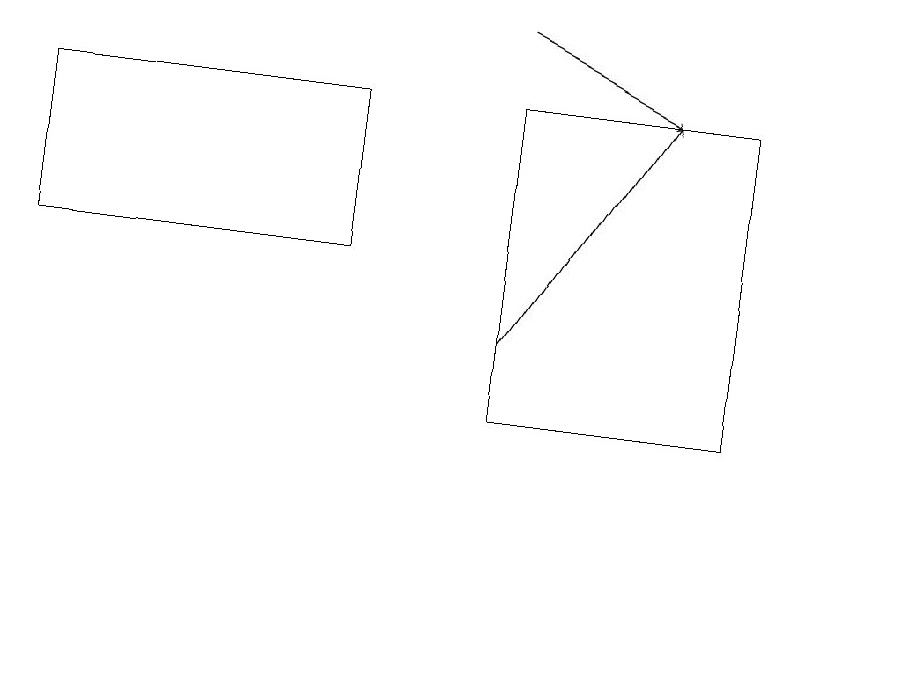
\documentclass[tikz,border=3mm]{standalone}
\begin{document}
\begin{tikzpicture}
\draw[->] (6,19) -- (8,18);
\draw (4,18) rectangle (0,16);
\draw (11,11) circle (0);
\draw[->] (6,15) -- (8,18);
\draw (9,18) rectangle (6,14);
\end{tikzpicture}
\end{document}